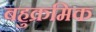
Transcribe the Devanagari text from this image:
बहुक्रमिक